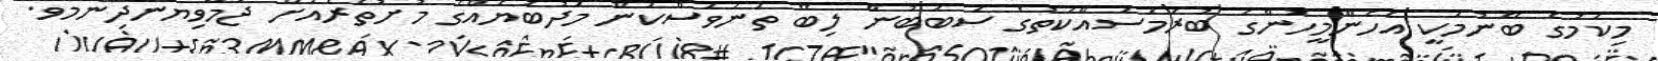
މިކަމުގެ ބޭނުމަކީ އެހެންމީހުންގެ ބުރަމަސައްކަތުގެ ސަބަބުން ލިބޭ ތަނަވަސްކަން މަދުބަޔެއްގެ މުށުތެރެއަށް ޖަމާވިޔަނުދިނުމެވެ.